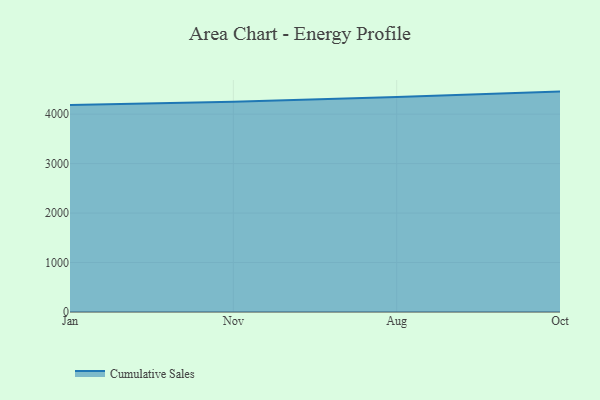
{"axis": {"x": "Month", "y": "Active Users"}, "legend": ["Cumulative Sales"], "data": [{"x": "Jan", "y": 4187.0, "type": "Cumulative Sales"}, {"x": "Nov", "y": 4252.0, "type": "Cumulative Sales"}, {"x": "Aug", "y": 4347.7, "type": "Cumulative Sales"}, {"x": "Oct", "y": 4455.4, "type": "Cumulative Sales"}]}